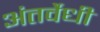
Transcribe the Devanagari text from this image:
अंतर्वेधी